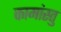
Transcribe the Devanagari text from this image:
कामांस्तु